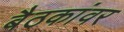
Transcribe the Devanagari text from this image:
बैठकांवर